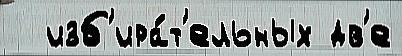
  изб'ира́т'ельных дв'е